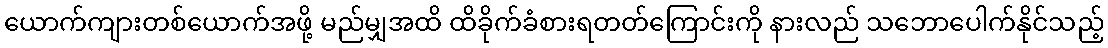
ယောက်ကျားတစ်ယောက်အဖို့ မည်မျှအထိ ထိခိုက်ခံစားရတတ်ကြောင်းကို နားလည် သဘောပေါက်နိုင်သည့်